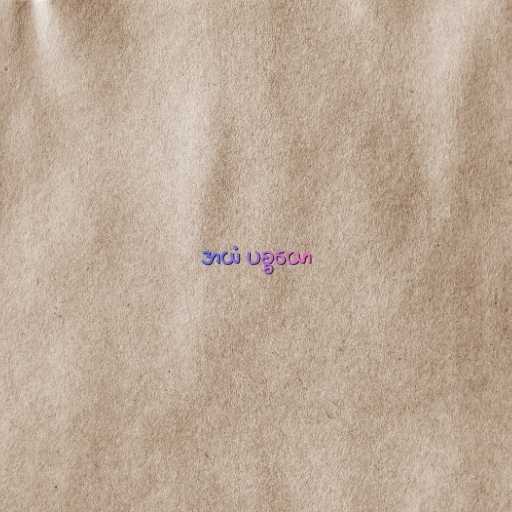
အယံ ပစ္စယော